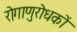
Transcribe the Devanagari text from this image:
रोगाणुरोधकों